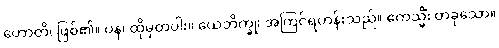
ဟောတိ၊ ဖြစ်၏။ ပန၊ ထိုမှတပါး။ ယေဘိက္ခု၊ အကြင်ရဟန်းသည်။ ဧကသ္မိံ၊ တခုသော။